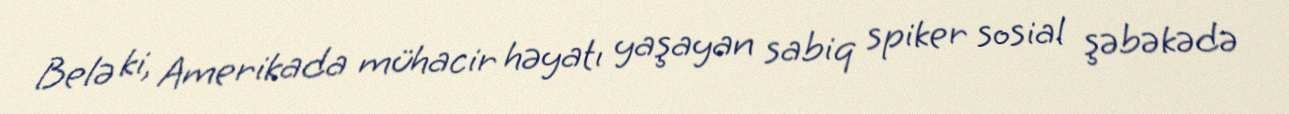
Belə ki, Amerikada mühacir həyatı yaşayan sabiq spiker sosial şəbəkədə